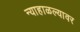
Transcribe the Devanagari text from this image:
न्याहाळल्यावर